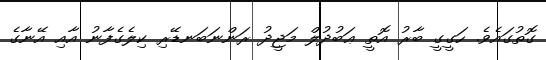
ގޮތުގައެވެ. ހަގީގީ ބާރު އޮތީ ޢަބުދުލް މަޖީދު ރަންނަބަނޑޭރި ކިލެގެފާނު އާއި އޭނާގެ